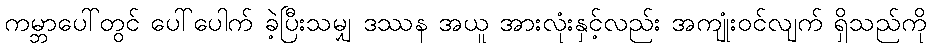
ကမ္ဘာပေါ်တွင် ပေါ်ပေါက် ခဲ့ပြီးသမျှ ဒဿန အယူ အားလုံးနှင့်လည်း အကျုံးဝင်လျက် ရှိသည်ကို